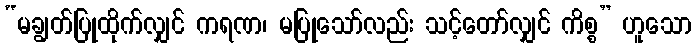
“မချွတ်ပြုထိုက်လျှင် ကရဏ၊ မပြုသော်လည်း သင့်တော်လျှင် ကိစ္စ” ဟူသော